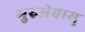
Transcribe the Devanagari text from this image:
गुरुसेवासु